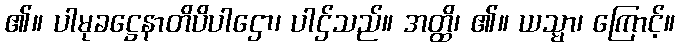
၏။ ပါမုခဋ္ဌေနာတိပိပါဌော၊ ပါဌ်သည်။ အတ္ထိ၊ ၏။ ယသ္မာ၊ ကြောင့်။